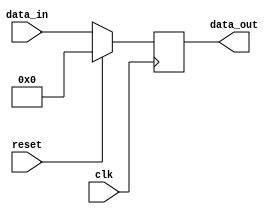
module synchronous_reset_example (
    input wire clk,          // Clock signal
    input wire reset,        // Synchronous reset signal
    input wire [7:0] data_in, // Example input data
    output reg [7:0] data_out // Example output data
);

// Internal state variable
reg [7:0] state;

// Always block for synchronous reset and state update
always @(posedge clk) begin
    if (reset) begin
        // Synchronous reset: set state to initial value
        state <= 8'b0; // Reset state to zero
        data_out <= 8'b0; // Reset output to zero
    end else begin
        // Normal operation: update state and output
        state <= state + 1; // Increment state
        data_out <= data_in; // Pass input data to output
    end
end

endmodule